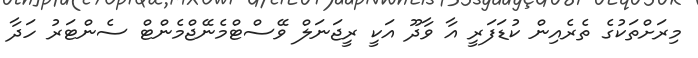
މިރަށްތަކުގެ ތެރެއިން ކުޑަފަރީ އާ ވާދޫ އަކީ ރީޖަނަލް ވޭސްޓްމެނޭޖްމެންޓް ސެންޓަރު ހަދާ